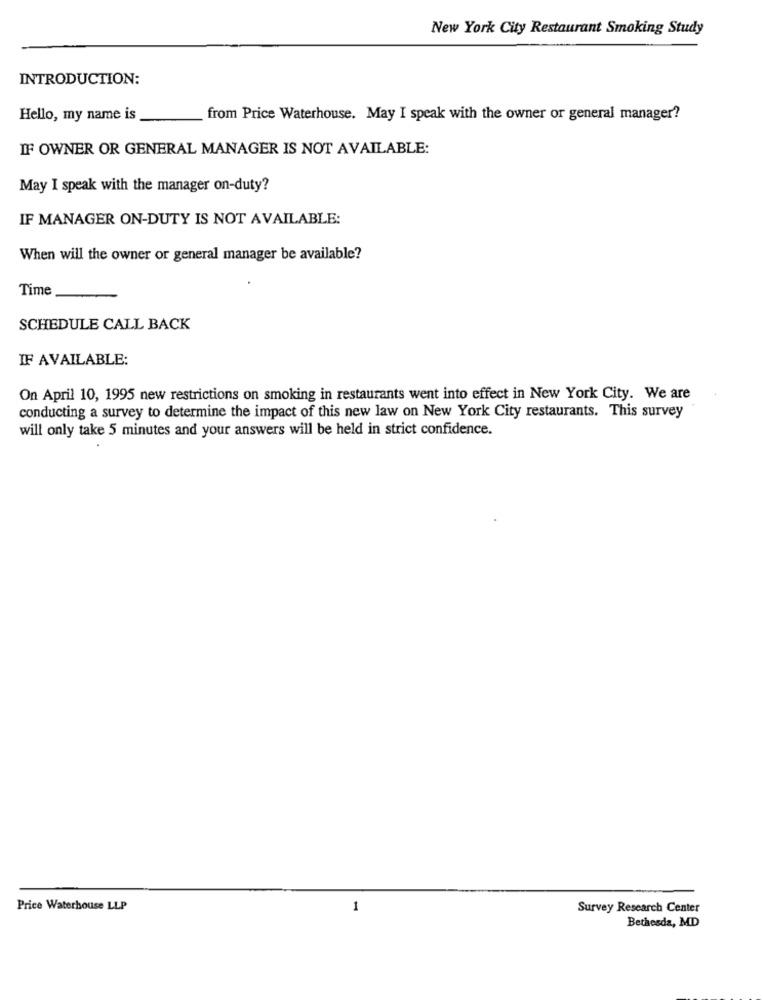
New York City Restaurant Smoking Study
INTRODUCTION:
Hello, my name is
from Price Waterhouse. May I speak with the owner or general manager?
IF OWNER OR GENERAL MANAGER IS NOT AVAILABLE:
May I speak with the manager on-duty?
IF MANAGER ON-DUTY IS NOT AVAILABLE:
When will the owner or general manager be available?
Time
SCHEDULE CALL BACK
IF AVAILABLE:
On April 10, 1995 new restrictions on smoking in restaurants went into effect in New York City. We are
conducting a survey to determine the impact of this new law on New York City restaurants. This survey
will only take 5 minutes and your answers will be held in strict confidence.
Price Waterhouse LLP
1
Survey Research Center
Bethesda, MD